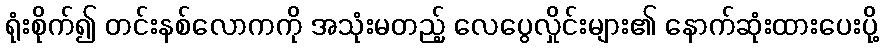
ရုံးစိုက်၍ တင်းနစ်လောကကို အသုံးမတည့် လေပွေလှိုင်းများ၏ နောက်ဆုံးထားပေးပို့